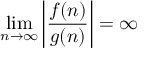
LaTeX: \operatorname* { l i m } _ { n \to \infty } \left| { \frac { f ( n ) } { g ( n ) } } \right| = \infty